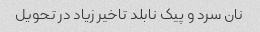
نان سرد و پیک نابلد تاخیر زیاد در تحویل